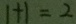
1 + 1 = 2